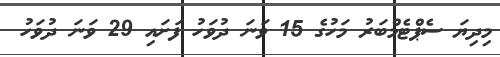
މިދިޔަ ސެޕްޓެމްބަރު މަހުގެ 15 ވަނަ ދުވަހު ފަށައި 29 ވަނަ ދުވަހު